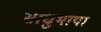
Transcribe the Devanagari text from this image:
साधुभाषा